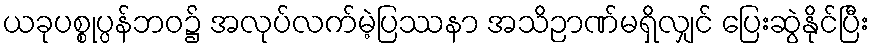
ယခုပစ္စုပ္ပန်ဘဝ၌ အလုပ်လက်မဲ့ပြဿနာ အသိဉာဏ်မရှိလျှင် ပြေးဆွဲနိုင်ပြီး